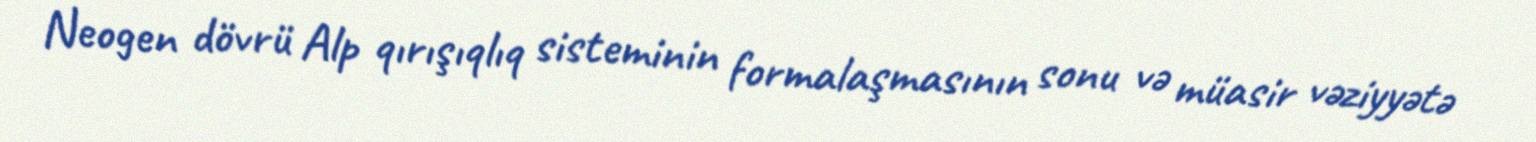
Neogen dövrü Alp qırışıqlıq sisteminin formalaşmasının sonu və müasir vəziyyətə